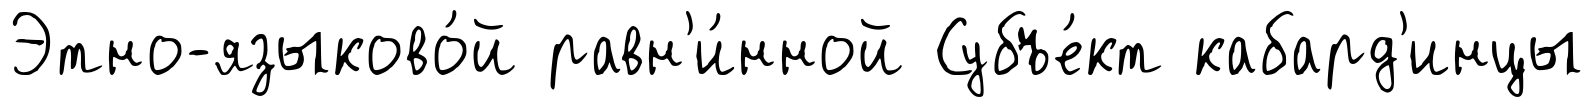
Этно-языково́й равн'и́нной Субъе́кт кабард'инцы